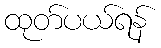
ထုတ်ပယ်ရန်